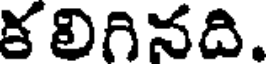
కలిగినది.